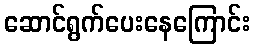
ဆောင်ရွက်ပေးနေကြောင်း